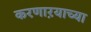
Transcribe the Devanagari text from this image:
करणाऱयाच्या